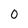
Character: 0